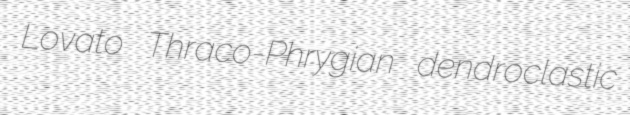
Lovato Thraco-Phrygian dendroclastic